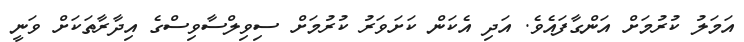
އަމަލު ކުރުމަށް އަންގާފައެވެ. އަދި އެކަން ކަށަވަރު ކުރުމަށް ސިވިލްސާވިސްގެ އިދާރާތަކަށް ވަނީ